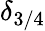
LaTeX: \delta_{3/4}